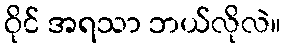
ဝိုင် အရသာ ဘယ်လိုလဲ။